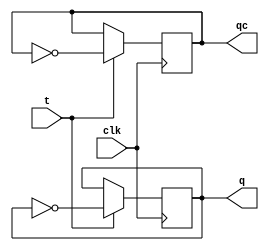
module Tff(t,clk,q,qc);
output q,qc;
input t,clk;
reg q,qc;
initial
begin
q=0;
qc=1;
end
always@(posedge clk)
begin
	if(clk)
	begin
		if(t==0)
		begin
			q=q;
			qc=qc;
		end
		else
		begin
			q=!q;
			qc=!qc;
		end
	end
end
endmodule